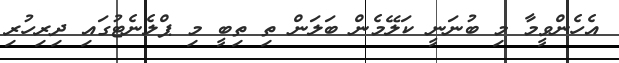
އެހެންވީމާ މި ބުނަނީ ކަލޭމެން ބަލަން ތި ތިބީ މި ޕްލެނެޓުގައި ދިރިހުރި